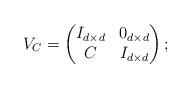
LaTeX: \begin{align*} V_C=\begin{pmatrix} I_{d\times d} & 0_{d\times d}\\ C & I_{d\times d} \end{pmatrix}; \end{align*}